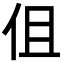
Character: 伹